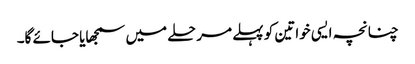
چنانچہ ایسی خواتین کو پہلے مرحلے میں سمجھایا جائے گا۔